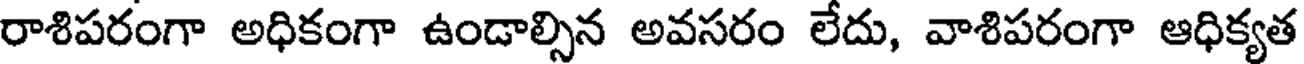
రాశిపరంగా అధికంగా ఉండాల్సిన అవసరం లేదు, వాశిపరంగా ఆధిక్యత